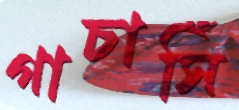
গাচাসিঁ